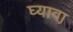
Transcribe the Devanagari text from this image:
घ्यावा़